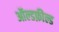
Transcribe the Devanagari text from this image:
ऑल्डफ़ील्ड